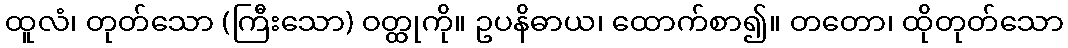
ထူလံ၊ တုတ်သော (ကြီးသော) ဝတ္ထုကို။ ဥပနိဓာယ၊ ထောက်စာ၍။ တတော၊ ထိုတုတ်သော